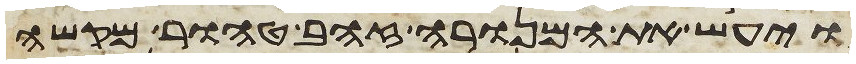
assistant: ויעש את המנורה זהב טהור מקשה